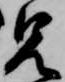
兄